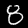
Digit: 8